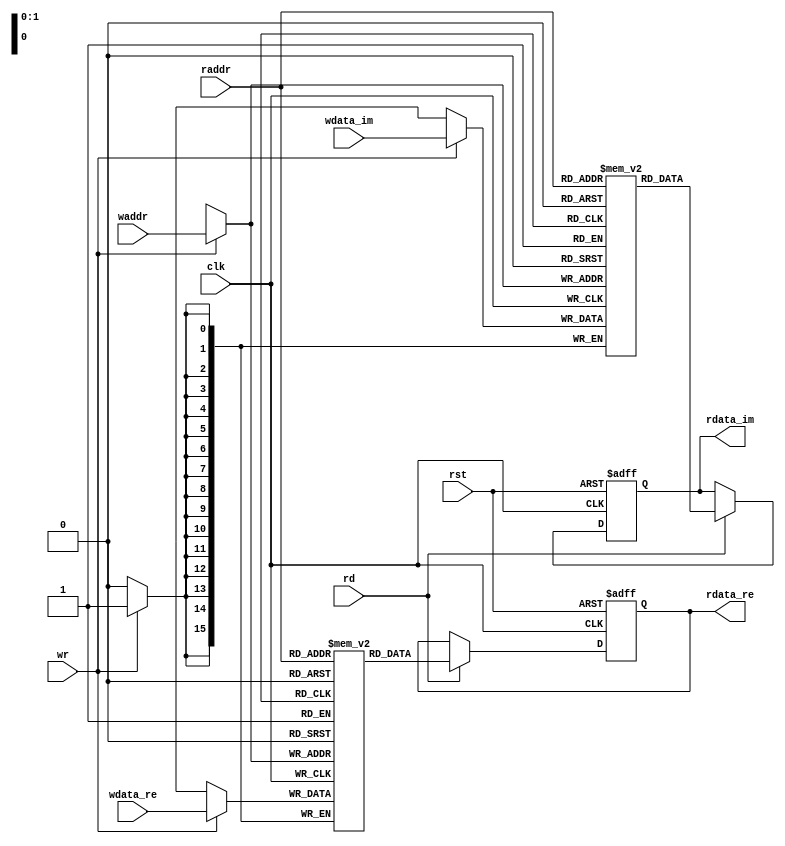
//==============================================================================
// DFT Frequency Bins RAM
//
//==============================================================================

module dft_freq_ram
#(
    parameter ADDR_W = 2,   // Memory depth
    parameter DATA_W = 16   // Data width
)(
    // System
    input wire               clk,      // System clock
    input wire               rst,      // System reset
    // Write interface
    input  wire [DATA_W-1:0] wdata_re, // Write data real part
    input  wire [DATA_W-1:0] wdata_im, // Write data imaginary part
    input  wire [ADDR_W-1:0] waddr,    // Write address
    input  wire              wr,       // Write operation
    // Read interface
    output reg  [DATA_W-1:0] rdata_re, // Read data real part
    output reg  [DATA_W-1:0] rdata_im, // Read data imaginary part
    input  wire [ADDR_W-1:0] raddr,    // Read address
    input  wire              rd        // Read operation
);

// Memory array
reg [DATA_W-1:0] mem_re [2**ADDR_W-1:0];
reg [DATA_W-1:0] mem_im [2**ADDR_W-1:0];

// Write port
always @(posedge clk)
begin
    if (wr) begin
        mem_re[waddr] <= wdata_re;
        mem_im[waddr] <= wdata_im;
    end
end

// Read port
always @(posedge clk or posedge rst)
begin
    if (rst) begin
        rdata_re <= {DATA_W{1'b0}};
        rdata_im <= {DATA_W{1'b0}};
    end else if (rd) begin
        rdata_re <= mem_re[raddr];
        rdata_im <= mem_im[raddr];
    end
end

endmodule